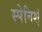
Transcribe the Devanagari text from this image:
स्‍पेनिश्‍ा